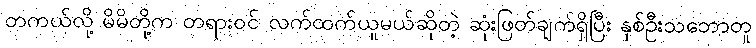
တကယ်လို့ မိမိတို့က တရားဝင် လက်ထက်ယူမယ်ဆိုတဲ့ ဆုံးဖြတ်ချက်ရှိပြီး နှစ်ဦးသဘောတူ